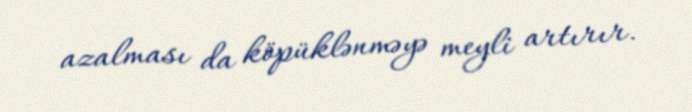
azalması da köpüklənməyə meyli artırır.